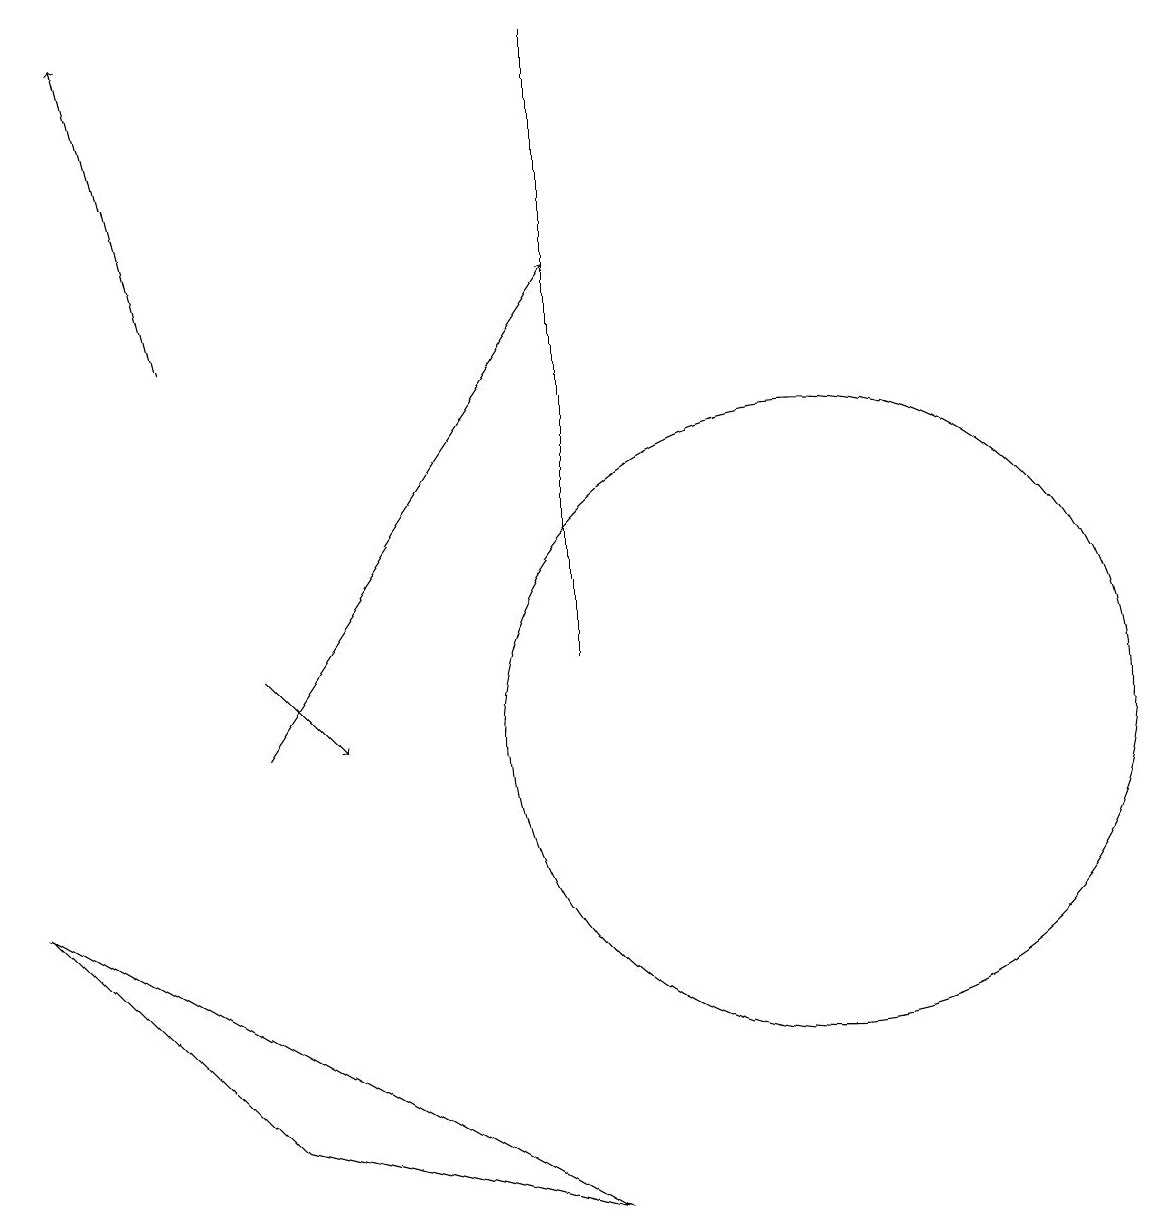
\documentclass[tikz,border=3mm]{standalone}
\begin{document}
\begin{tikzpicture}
\draw[->] (5,10) -- (9,16);
\draw[->] (5,11) -- (6,10);
\draw (2,8) -- (5,5) -- (9,4) -- cycle;
\draw[->] (4,15) -- (3,19);
\draw (12,10) circle (4);
\draw (9,11) rectangle (9,19);
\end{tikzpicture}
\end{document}